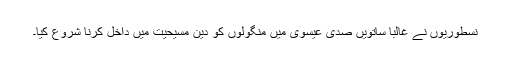
نسطوریوں نے غالباً ساتویں صدی عیسوی میں منگولوں کو دین مسیحیت میں داخل کرنا شروع کیا۔